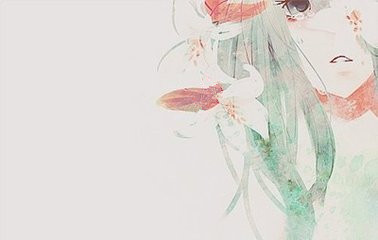
十日雨丝风片里，浓春艳景似残秋。